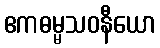
ဧကဓမ္မသဝနီယော